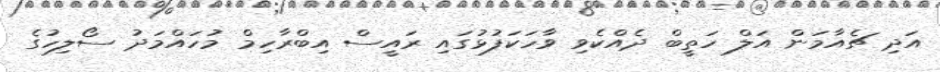
އަދި ޗެއާމަން އަލް ހަތީބް ދެއްކެވި ވާހަކަފުޅުގައި ރައީސް އިބްރާހިމް މުހައްމަދު ސޯލިހުގެ